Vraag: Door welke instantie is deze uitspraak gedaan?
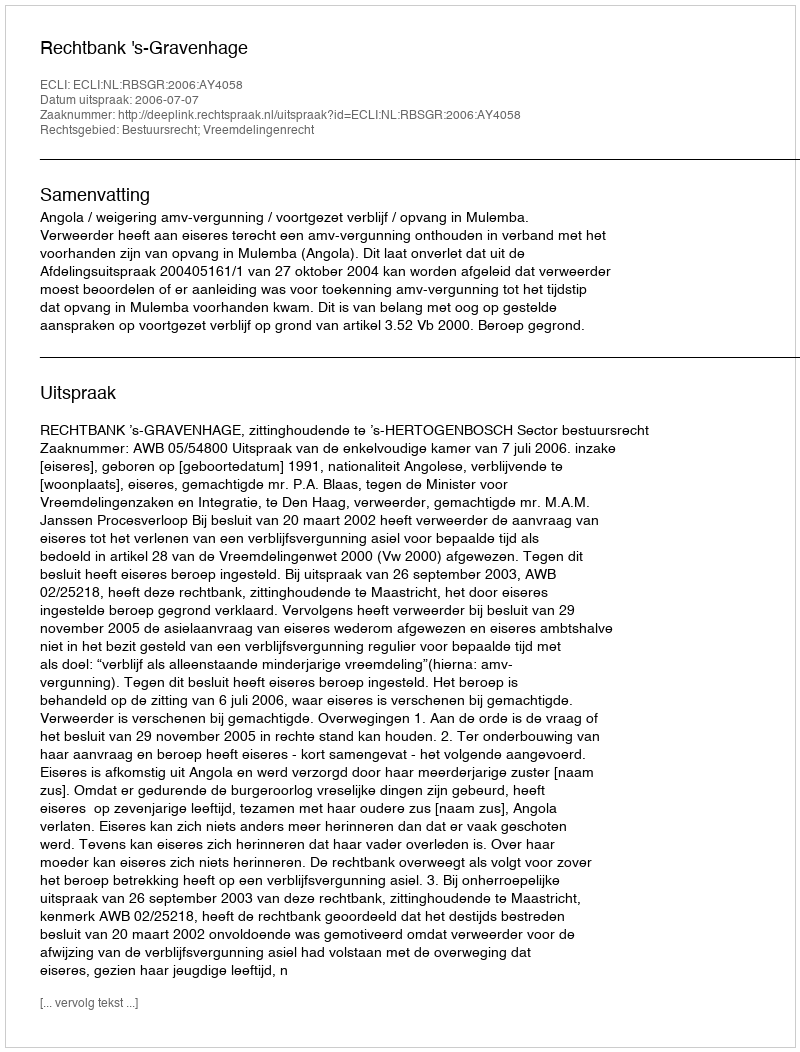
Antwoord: Rechtbank 's-Gravenhage